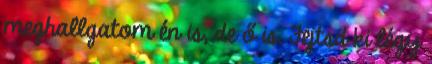
meghallgatom én is, de ő is. Fejtsd ki légy